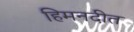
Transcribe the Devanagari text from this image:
हिमनदीत